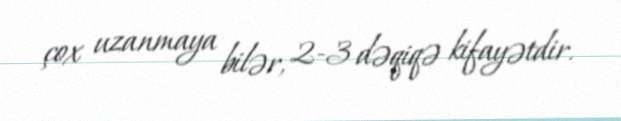
çox uzanmaya bilər, 2-3 dəqiqə kifayətdir.